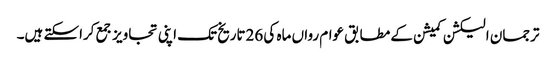
ترجمان الیکشن کمیشن کے مطابق عوام رواں ماہ کی 26تاریخ تک اپنی تجاویز جمع کراسکتے ہیں۔